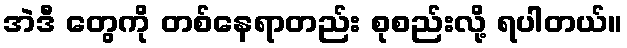
အဲဒီ တွေကို တစ်နေရာတည်း စုစည်းလို့ ရပါတယ်။